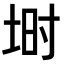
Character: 埘